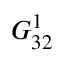
G _ { 3 2 } ^ { 1 }